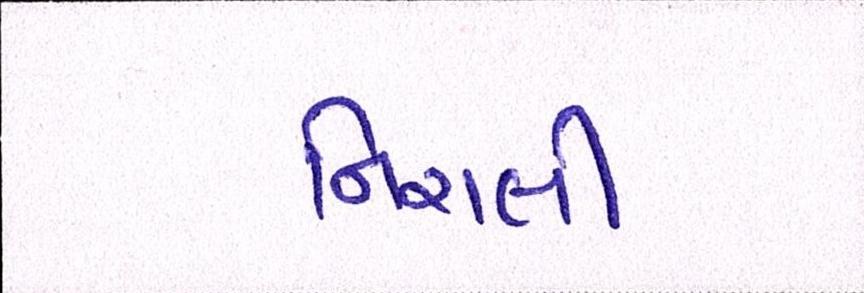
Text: નિરાલી